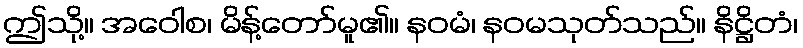
ဤသို့။ အဝေါစ၊ မိန့်တော်မူ၏။ နဝမံ၊ နဝမသုတ်သည်။ နိဋ္ဌိတံ၊